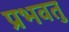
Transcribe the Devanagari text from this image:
प्रभवतु